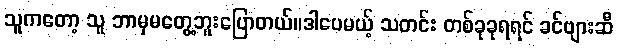
သူကတော့ သူ ဘာမှမတွေ့ဘူးပြောတယ်။ဒါပေမယ့် သတင်း တစ်ခုခုရရင် ခင်ဗျားဆီ